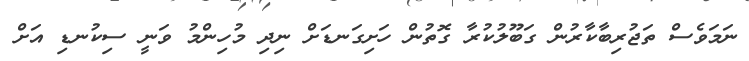
ނަމަވެސް ތަޖުރިބާކާރުން ގަބޫލުކުރާ ގޮތުން ހަށިގަނޑަށް ނިދި މުހިންމު ވަނީ ސިކުނޑި އަށް